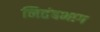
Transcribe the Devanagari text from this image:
नितंबभाग